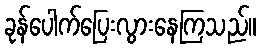
ခုန်ပေါက်ပြေးလွားနေကြသည်။